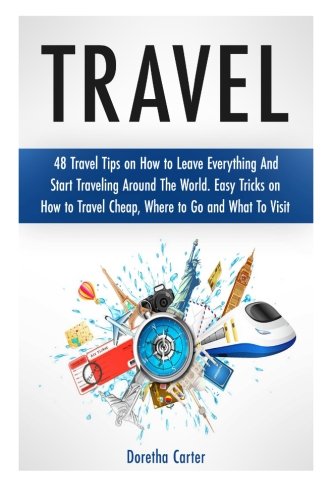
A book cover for Travel: 48 Travel Tips on How to Leave Everything And Start Traveling Around The World. Easy Tricks on How to Travel Cheap, Where to Go and What To Visit (travel, Travel the World, travel guides); Doretha Carter; Travel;